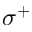
\sigma ^ { + }